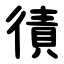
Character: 㣱